[Report on the health of British troops in the Madras command]
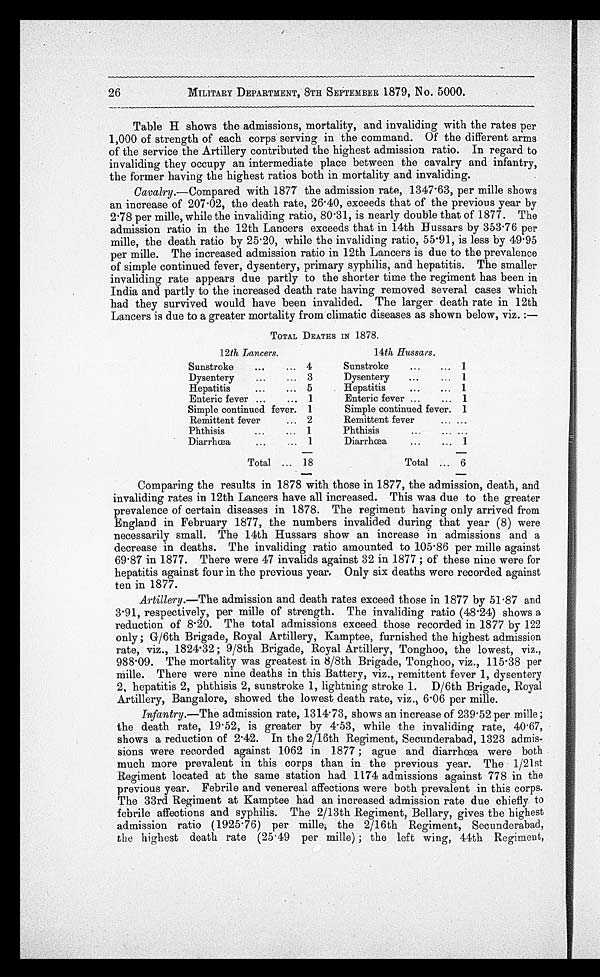
MILITARY DEPARTMENT, 8TH SEPTEMBER 1879, No. 5000.
Table H shows the admissions, mortality, and invaliding with the rates per
1,000 of strength of each corps serving in the command. Of the different arms
of the service the Artillery contributed the highest admission ratio. In regard to
invaliding they occupy an intermediate place between the cavalry and infantry,
the former having the highest ratios both in mortality and invaliding.
Cavalry .—Compared with 1877 the admission rate, 1347.63, per mille shows
an increase of 207.02, the death rate, 26.40, exceeds that of the previous year by
2.78 per mille, while the invaliding ratio, 80.31, is nearly double that of 1877. The
admission ratio in the 12th Lancers exceeds that in 14th Hussars by 353.76 per
mille, the death ratio by 25.20, while the invaliding ratio, 55.91, is less by 49.95
per mille. The increased admission ratio in 12th Lancers is due to the prevalence
of simple continued fever, dysentery, primary syphilis, and hepatitis. The smaller
invaliding rate appears due partly to the shorter time the regiment has been in
India and partly to the increased death rate having removed several cases which
had they survived would have been invalided. The larger death rate in 12th
Lancers is due to a greater mortality from climatic diseases as shown below, viz. :—
TOTAL DEATHS IN 1878.
12th Lancers.
14th Hussars.
Sunstroke . . . 4
Sunstroke . . . 1
Dysentery . . . 3
Dysentery . . . 1
Hepatitis . . . 5
Hepatitis . . . 1
Enteric fever . . . 1
Enteric fever . . . 1
Simple continued fever. 1
Simple continued fever. 1
Remittent fever . . . 2
Remittent fever . . . . . .
Phthisis . . . 1
Phthisis . . . . . .
Diarrhœa . . . 1
Diarrhœa . . . 1
Total . . . 18
Total . . . 6
Comparing the results in 1878 with those in 1877, the admission, death, and
invaliding rates in 12th Lancers have all increased. This was due to the greater
prevalence of certain diseases in 1878. The regiment having only arrived from
England in February 1877, the numbers invalided during that year (8) were
necessarily small. The 14th Hussars show an increase in admissions and a
decrease in deaths. The invaliding ratio amounted to 105.86 per mille against
69.87 in 1877. There were 47 invalids against 32 in 1877 ; of these nine were for
hepatitis against four in the previous year. Only six deaths were recorded against
ten in 1877.
Artillery .—The admission and death rates exceed those in 1877 by 51.87 and
3.91, respectively, per mille of strength. The invaliding ratio (48.24) shows a
reduction of 8.20. The total admissions exceed those recorded in 1877 by 122
only ; G/6th Brigade, Royal Artillery, Kamptee, furnished the highest admission,
rate, viz., 1824.32 ; 9/8th Brigade, Royal Artillery, Tonghoo, the lowest, viz.,
988.09. The mortality was greatest in 8/8th Brigade, Tonghoo, viz., 115.38 per
mille. There were nine deaths in this Battery, viz., remittent fever 1, dysentery
2, hepatitis 2, phthisis 2, sunstroke 1, lightning stroke 1. D/6th Brigade, Royal
Artillery, Bangalore, showed the lowest death rate, viz., 6.06 per mille.
Infantry .—The admission rate, 1314.73, shows an increase of 239.52 per mille ;
the death rate, 19.52, is greater by 4.53, while the invaliding rate, 40.67,
shows a reduction of 2.42. In the 2/16th Regiment, Secunderabad, 1323 admis
-
sions were recorded against 1062 in 1877 ; ague and diarrhœa were both
much more prevalent in this corps than in the previous year. The 1/21st
Regiment located at the same station had 1174 admissions against 778 in the
previous year. Febrile and venereal affections were both prevalent in this corps.
The 33rd Regiment at Kamptee had an increased admission rate due chiefly to
febrile affections and syphilis. The 2/13th Regiment, Bellary, gives the highest
admission ratio (1925.76) per mille, the 2/16th Regiment, Secunderabad,
the highest death rate (25.49 per mille) ; the left wing, 44th Regiment,
26